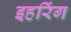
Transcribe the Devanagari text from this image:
इहरिंग